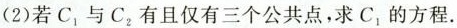
(2)若 $$C_{1}$$ 与 $$C_{2}$$ 有且仅有三个公共点，求 $$C_{1}$$ 的方程。